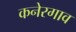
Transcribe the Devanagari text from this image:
कनेरगाव